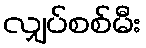
လျှပ်စစ်မီး